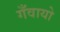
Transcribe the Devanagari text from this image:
गँवायो